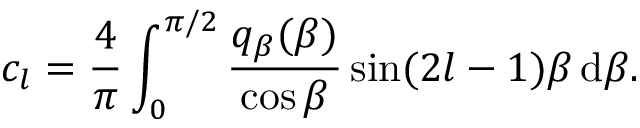
c _ { l } = \frac 4 \pi \int _ { 0 } ^ { \pi / 2 } \frac { q _ { \beta } ( \beta ) } { \cos \beta } \sin ( 2 l - 1 ) \beta \, \mathrm d \beta .